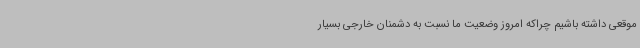
موقعی داشته باشیم چراکه امروز وضعیت ما نسبت به دشمنان خارجی بسیار